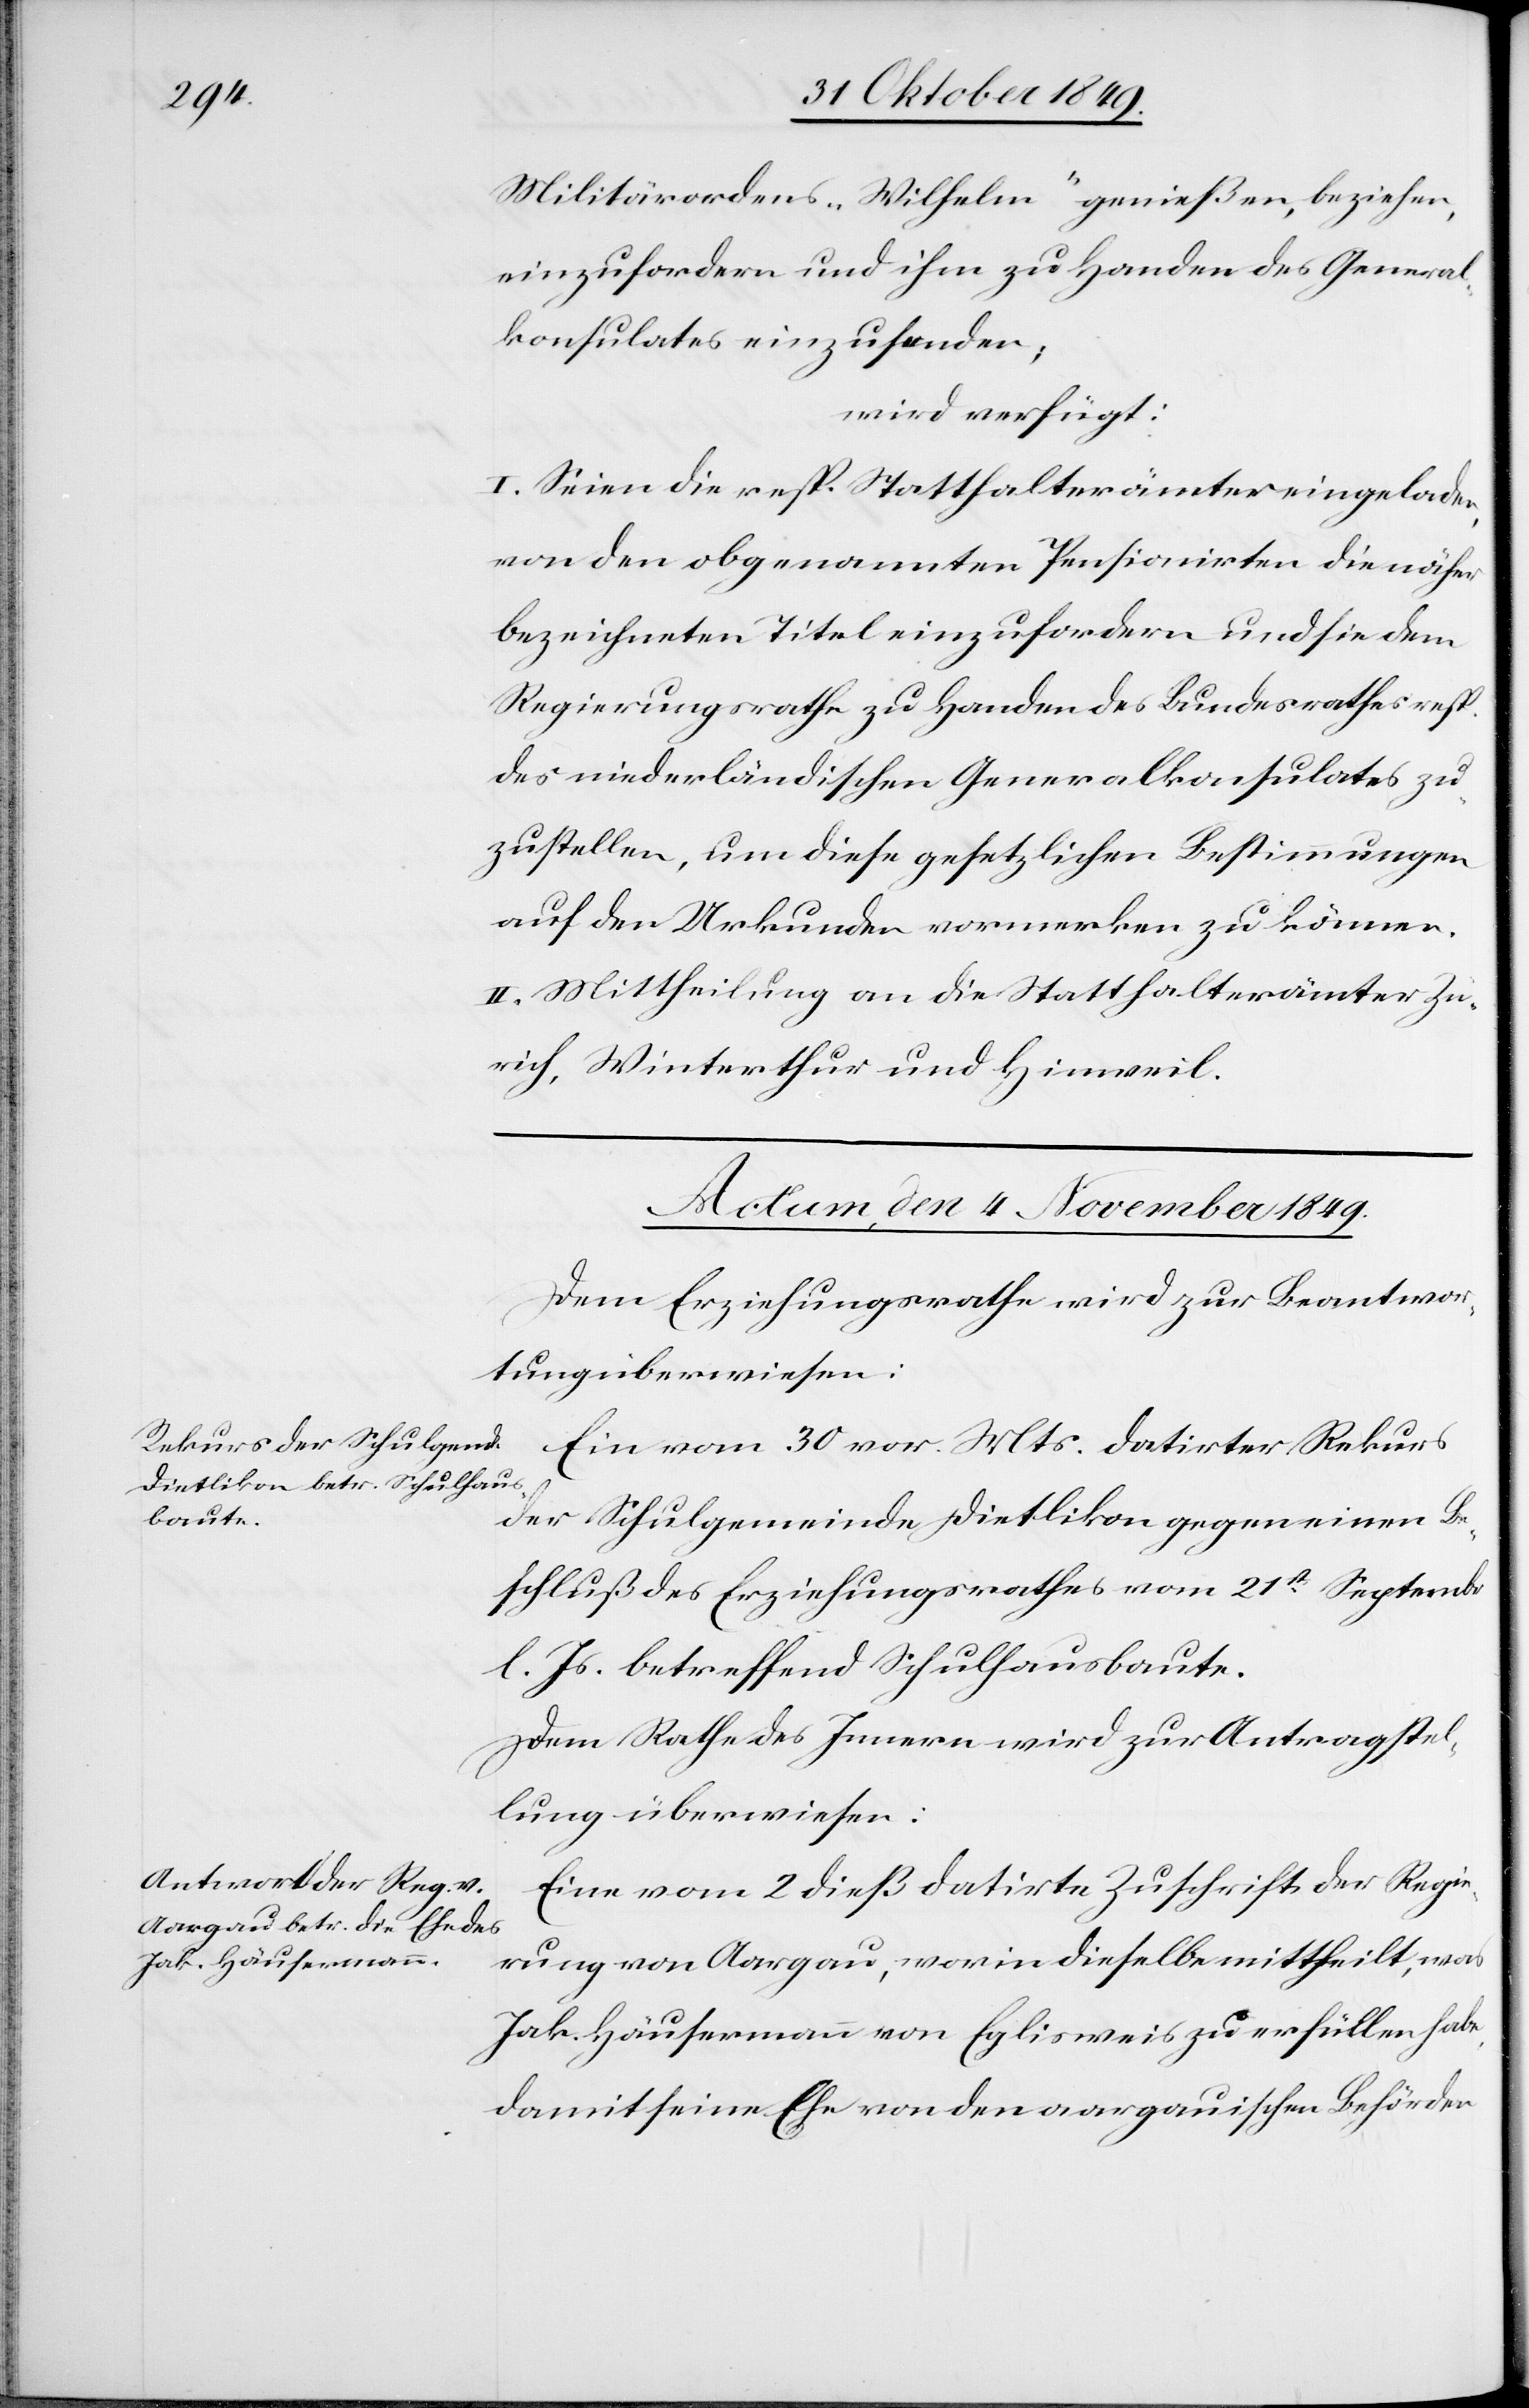
Militärordens „Wilhelm“ genießen, beziehen,
einzufordern und ihm zu Handen des General¬
konsulates einzusenden;
wird verfügt:
I. Seien die resp. Statthalterämter eingeladen,
von den obgenannten Pensionirten die näher
bezeichneten Titel einzufordern und sie dem
Regierungsrathe zu Handen des Bundesrathes resp.
des niederländischen Generalkonsulates zu¬
zustellen, um diese gesetzlichen Bestimmungen
auf den Urkunden vormerken zu können.
II. Mittheilung an die Statthalterämter Zü¬
rich, Winterthur und Hinweil.
Actum, den 4 November 1849.]
Dem Erziehungsrathe wird zur Beantwor¬
tung überwiesen:
Ein vom 30 vor. Mts. datiter Rekurs
der Schulgemeinde Dietlikon gegen einen Be¬
schluß des Erziehungsrathes vom 21st Septembr.
l. Js. betreffend Schulhausbaute.
Dem Rathe des Innern wird zur Antragstel¬
lung überwiesen:
Eine vom 2 dieß datirte Zuschrift der Regie¬
rung von Aargau, worin dieselbe mittheilt, was
Jak. Häusermann von Eglisweis zu erfüllen habe,
damit seine Ehe von den aargauischen Behörden